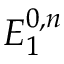
E _ { 1 } ^ { 0 , n }